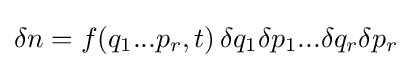
\delta n=f(q_{1}...p_{r},t)\,\delta q_{1}\delta p_{1}...\delta q_{r}\delta p_{r}